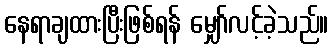
နေရာချထားပြီးဖြစ်ရန် မျှော်လင့်ခဲ့သည်။